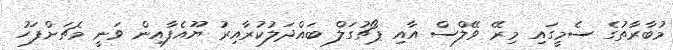
މުބާރާތުގެ ސެމީގައި މިރޭ ވޭލްސް އާއި ޕޯޗުގަލް ބައްދަލުކުރާއިރު ޔޫއެފާއިން ވަނީ މެޗަށްފަހު